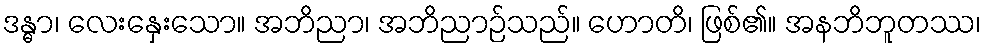
ဒန္ဓာ၊ လေးနှေးသော။ အဘိညာ၊ အဘိညာဉ်သည်။ ဟောတိ၊ ဖြစ်၏။ အနဘိဘူတဿ၊